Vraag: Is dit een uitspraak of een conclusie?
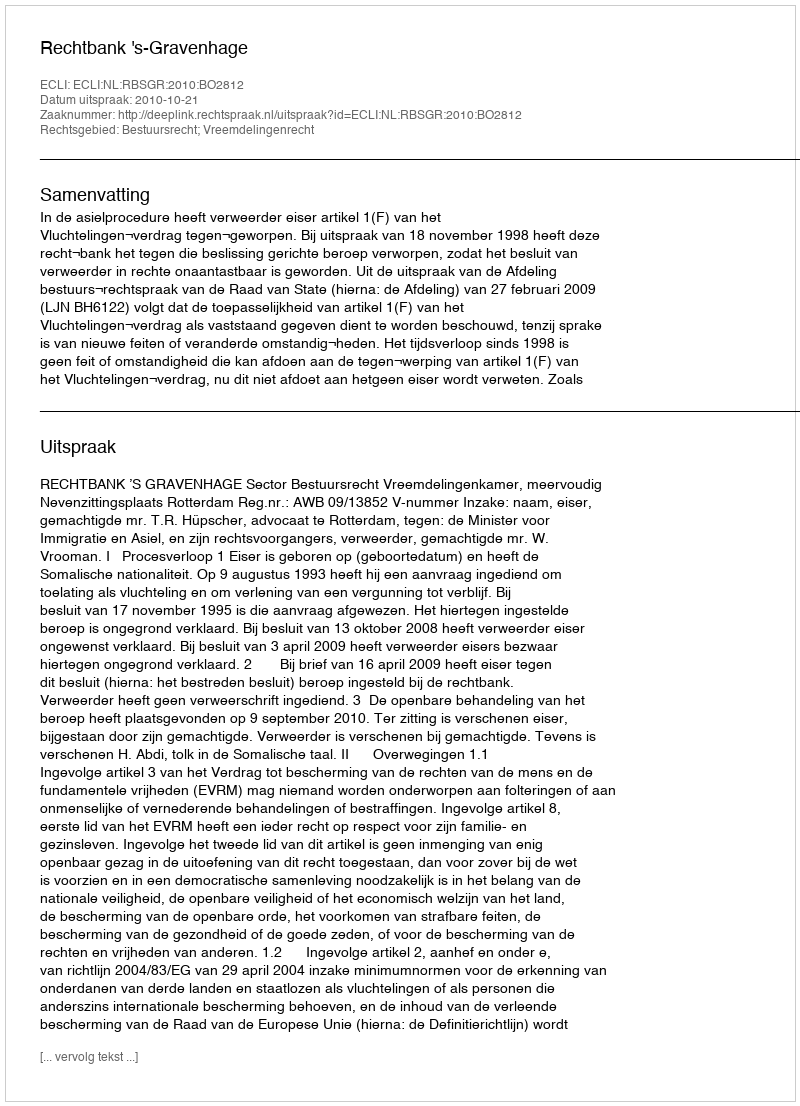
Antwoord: Uitspraak